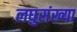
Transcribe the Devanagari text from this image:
लघुसंख्या